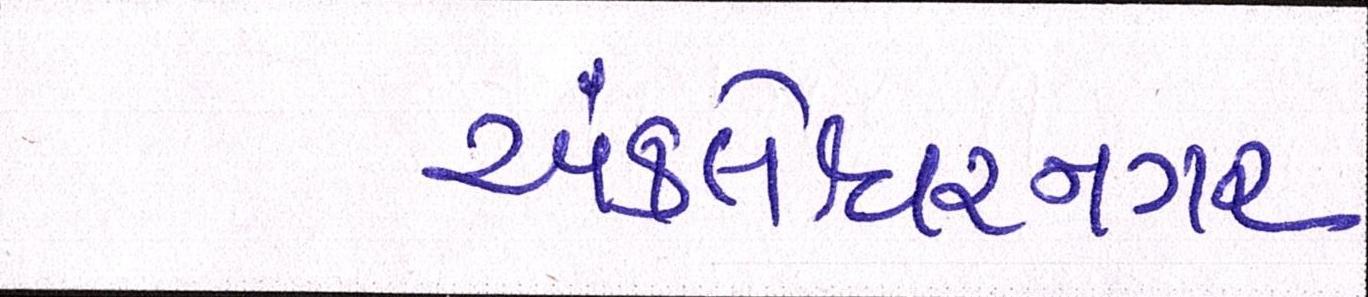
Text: અંકલેશ્વરનગર